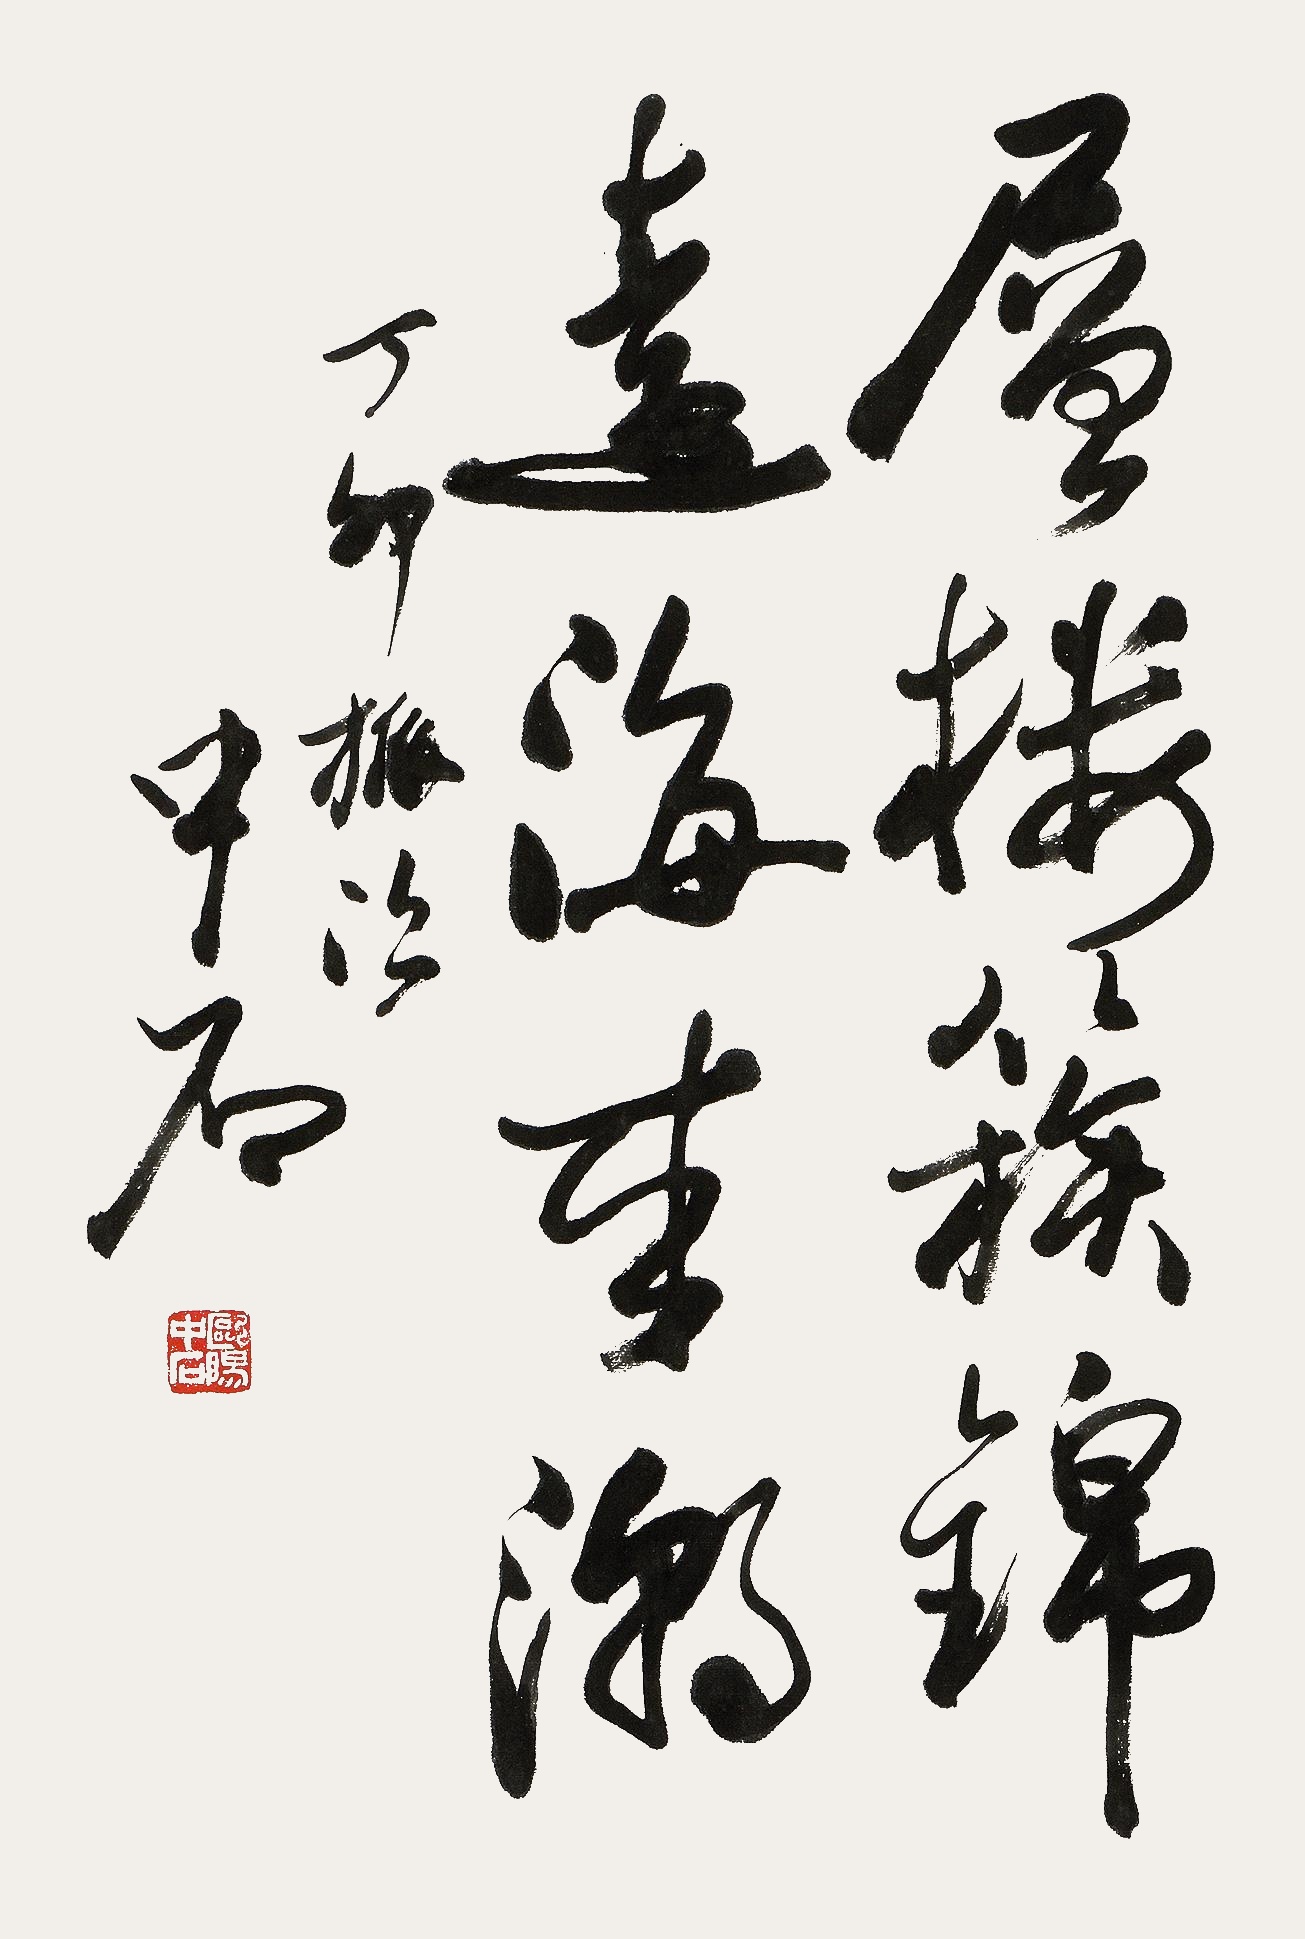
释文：层楼簇锦远海来潮。丁卯旅次，中石。